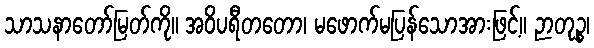
သာသနာတော်မြတ်ကို။ အဝိပရီတတော၊ မဖောက်မပြန်သောအားဖြင့်။ ဉာတုဉ္စ၊